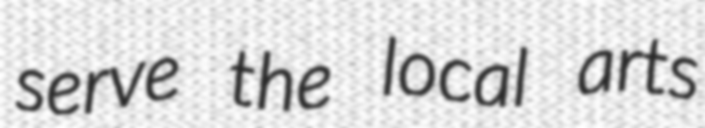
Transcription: serve the local arts